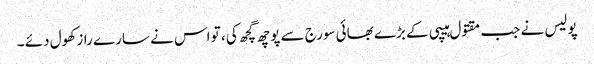
پولیس نے جب مقتول ہیپی کے بڑے بھائی سورج سے پوچھ گچھ کی ، تو اس نے سارے راز کھول دئے ۔